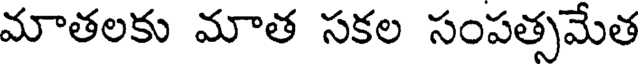
మాతలకు మాత సకల సంపత్సమేత